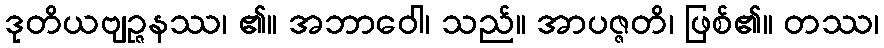
ဒုတိယဗျဉ္ဇနဿ၊ ၏။ အဘာဝေါ၊ သည်။ အာပဇ္ဇတိ၊ ဖြစ်၏။ တဿ၊